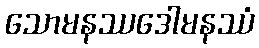
သောမနဿဒေါမနဿံ